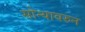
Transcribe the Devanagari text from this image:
सोन्यावरुन